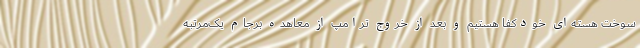
سوخت هسته‌ای خودکفا هستیم و بعد از خروج ترامپ از معاهده برجام یک‌مرتبه